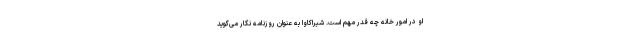
او در امور خانه چه قدر مهم است. شیراکاوا به عنوان روزنامه نگار می‌گوید